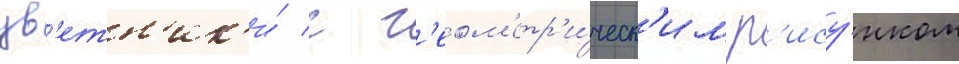
цв'етн'ик'и́ с г'еом'етр'и́ческ'им р'ису́нком